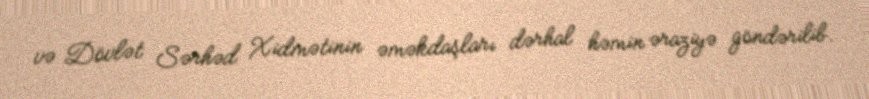
və Dövlət Sərhəd Xidmətinin əməkdaşları dərhal həmin əraziyə göndərilib.